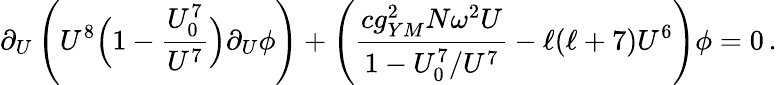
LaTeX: \partial_{U}\left(U^{8}\Big(1-{\frac{U_{0}^{7}}{U^{7}}}\Big)\partial_{U}\phi\right)+\left({\frac{cg_{YM}^{2}N\omega^{2}U}{1-U_{0}^{7}/U^{7}}}-\ell(\ell+7)U^{6}\right)\phi=0\, .